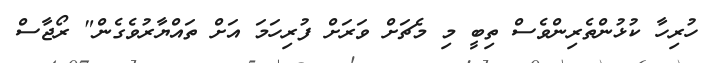
ހުރިހާ ކުޅުންތެރިންވެސް ތިބީ މި މެޗަށް ވަރަށް ފުރިހަމަ އަށް ތައްޔާރުވެގެން" ރޯޖާސް